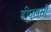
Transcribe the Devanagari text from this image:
डीएलसी